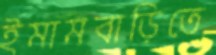
ইমামবাড়িতে